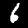
Digit: 6